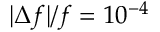
\vert \Delta f \vert / f = 1 0 ^ { - 4 }